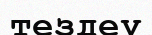
тездеу